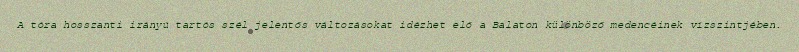
A tóra hosszanti irányú tartós szél jelentős változásokat idézhet elő a Balaton különböző medencéinek vízszintjében.